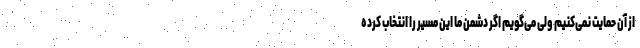
از آن حمایت نمی‌کنیم ولی می‌گویم اگر دشمن ما این مسیر را انتخاب کرده